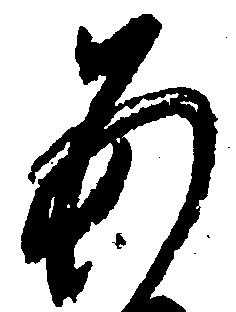
あ